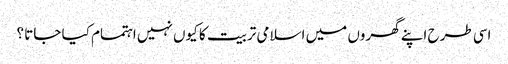
اسی طرح اپنے گھروں میں اسلامی تربیت کا کیوں نہیں اہتمام کیا جاتا ؟